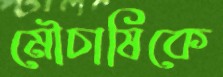
মৌচাষিকে